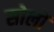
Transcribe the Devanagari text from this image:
सोलों